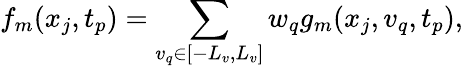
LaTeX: f_{m}(x_{j},t_{p})=\sum_{v_{q}\in[-L_{v},L_{v}]}w_{q}g_{m}(x_{j},v_{q},t_{p}),